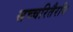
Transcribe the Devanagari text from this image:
सच्चरितैरपि